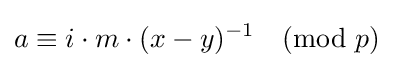
a\equiv i\cdot m\cdot (x-y)^{-1}{\pmod {p}}